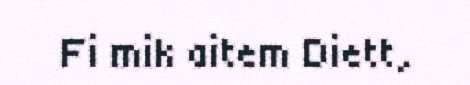
Fi mik aitem Diett,